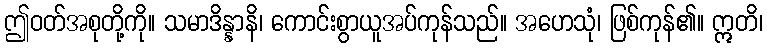
ဤဝတ်အစုတို့ကို။ သမာဒိန္နာနိ၊ ကောင်းစွာယူအပ်ကုန်သည်။ အဟေသုံ၊ ဖြစ်ကုန်၏။ ဣတိ၊